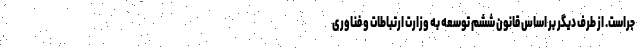
جراست. از طرف دیگر بر اساس قانون ششم توسعه به وزارت ارتباطات و فناوری